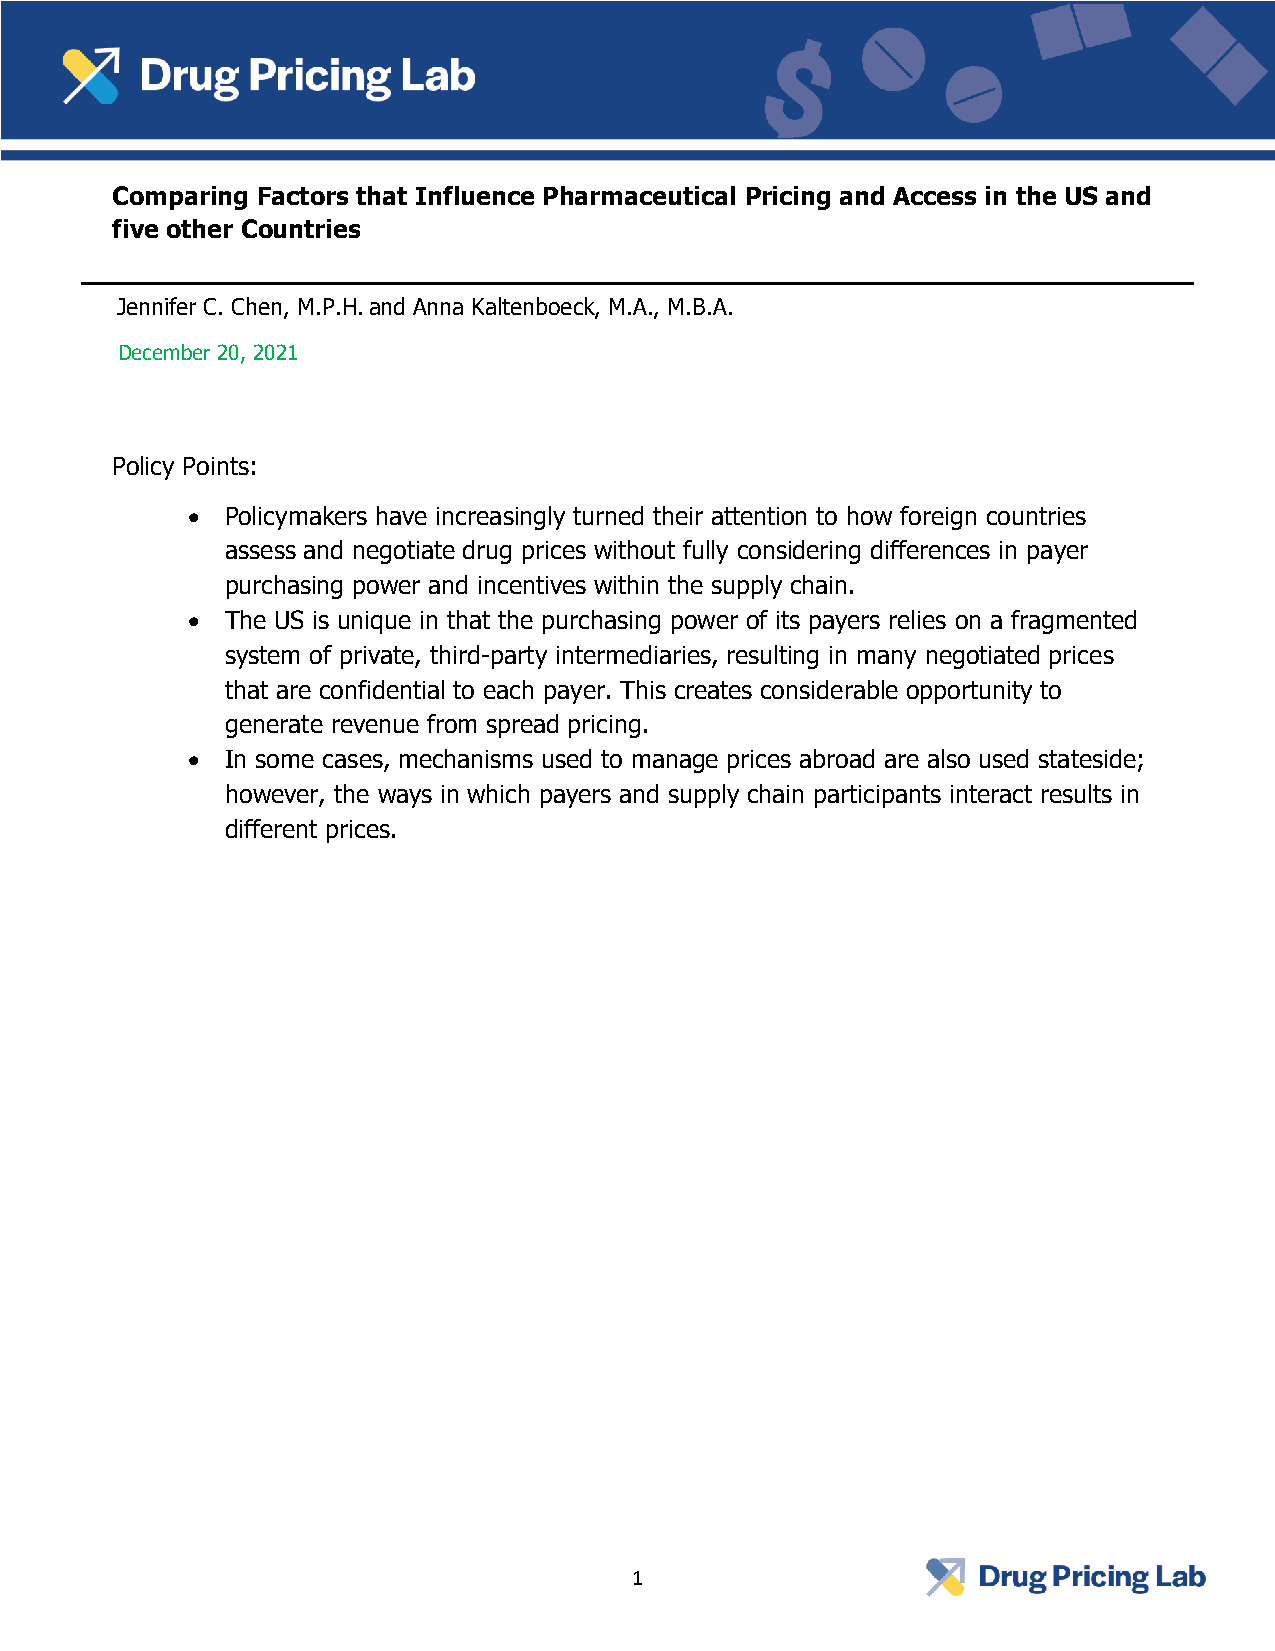
Comparing Factors that Influence Pharmaceutical Pricing and Access in the US and
 five other Countries
 Jennifer C. Chen, M.P.H. and Anna Kaltenboeck, M.A., M.B.A.
 December 20, 2021
 Policy Points:
 •  Policymakers have increasingly turned their attention to how foreign countries
 assess and negotiate drug prices without fully considering differences in payer
 purchasing power and incentives within the supply chain.
 •  The US is unique in that the purchasing power of its payers relies on a fragmented
 system of private, third-party intermediaries, resulting in many negotiated prices
 that are confidential to each payer. This creates considerable opportunity to
 generate revenue from spread pricing.
 •  In some cases, mechanisms used to manage prices abroad are also used stateside;
 however, the ways in which payers and supply chain participants interact results in
 different prices.
 1